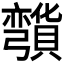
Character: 𰐡